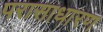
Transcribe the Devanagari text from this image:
परासाधारण